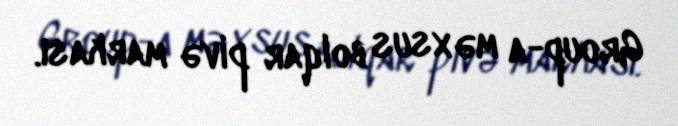
Group-a məxsus bolqar pivə markası.